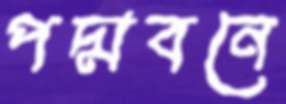
পদ্মবনে